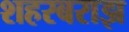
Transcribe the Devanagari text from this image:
शहरबराझ